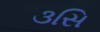
૩સિ